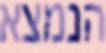
הנמצא